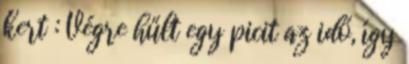
kert : Végre hűlt egy picit az idő, így